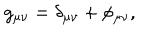
g _ { \mu \nu } = \delta _ { \mu \nu } + \phi _ { \mu \nu } ,